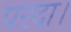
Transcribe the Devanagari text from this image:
परदा।